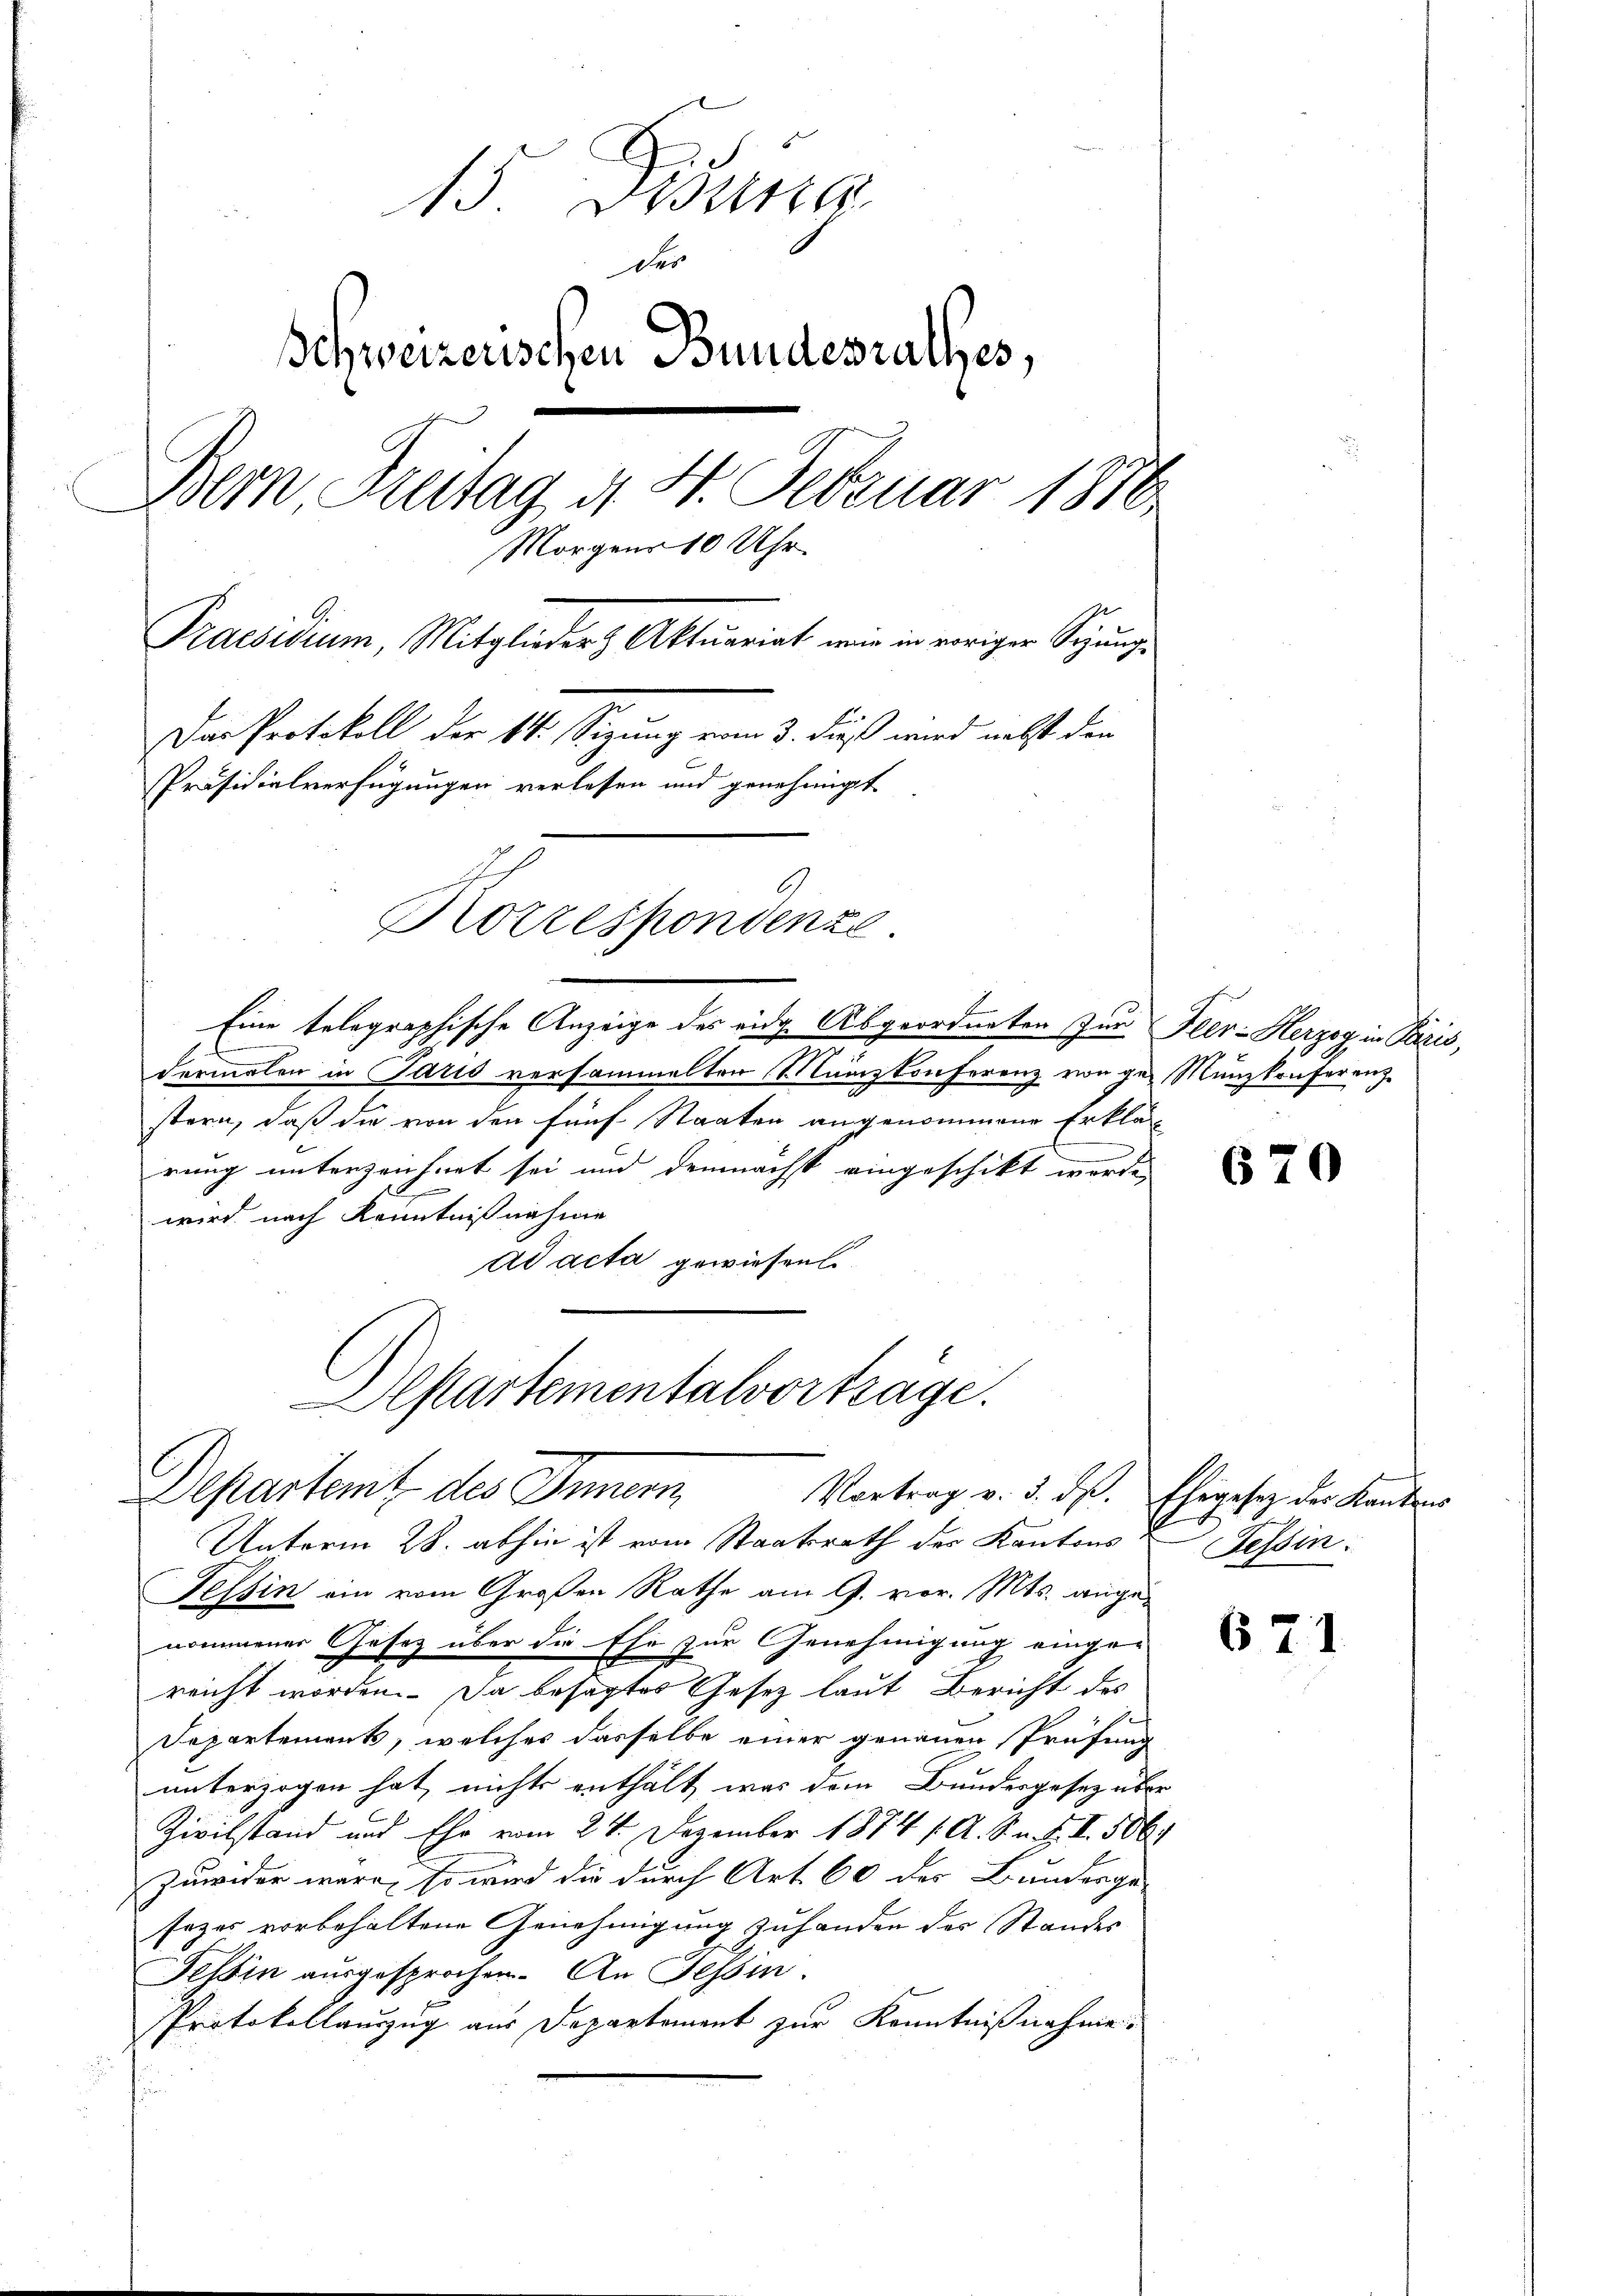
15 Februa
des
Schweizerischen Bundesrathes,
Bern Freitag d. 4. Februar 1880.
Morgens 10 Uhr.
Praesidium, Mitglieder Aktuariat wir in voriger Segnungs-
Das Protokoll der 14. Sizung vom 3. dieß wird nebst den
Präsidialverfügungen verlassen und genehmigt
.
Korrespondenze

Eine telegraphische Anzeige des eidg. Abgeordneten für Feer- Herzog in Paris,
E
dermalen in Paris versammelten Manzkonferenz von des Münzkonferenz
stern, daß die von den fünf Staaten angenommene Erklä-
rung unterzeichnet sei und demnächst eingeschikt worde
wird nach Kenntnißnahme
ad acta gewiesen.
Unterm 28. abhin ist vom Staatsrath des Kantons
Tessin ein vom Großen Rathe am 9. vor. Mts. angenommener Gesetz über die Ehe zur Genehmigung einge-
reicht worden. Da besagtes Gesetz laut Bericht des
Departement, welches dasselbe einer genauen Prüfung
unterzogen hat, nichts enthält, was dem Bundesgesetz über
Zivilstand und Ehr vom 24. Dezember 1874 / A. S. n. F. II 5064
Zuwider wäre, so wird die durch Art 60 des Bunderge-
sezes vorbehaltene Genehmigung zuhanden des Standes
Tessin ausgesprochen. An Tessin
Protokollauszug aus Departement zur Kenntnißnahme.

Aptartementalvorträge.
Departamt des Innern

Vortrag v. 3. ds. Ehegesetz der Kantons

670

Tessin.

671